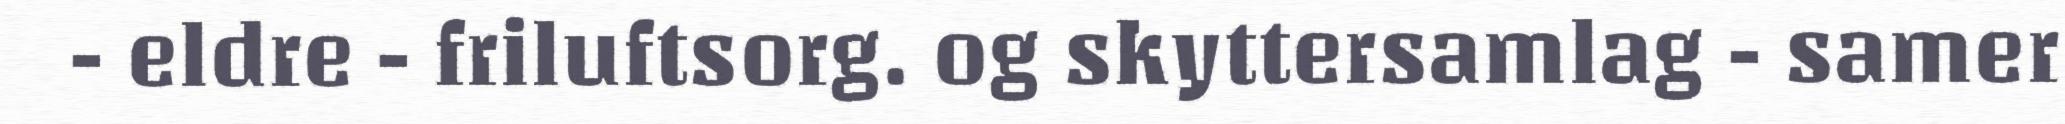
- eldre - friluftsorg. og skyttersamlag - samer